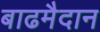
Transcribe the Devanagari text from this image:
बाढमैदान